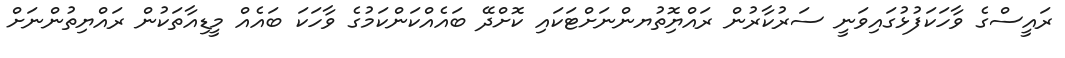
ރައީސްގެ ވާހަކަފުޅުގައިވަނީ ސަރުކާރުން ރައްޔިޮތުޔންނަށްޓަކައި ކޮށްދޭ ބައެއްކަންކަމުގެ ވާހަކަ ބައެއް މީޑިއާތަކުން ރައްޔިތުންނަށް